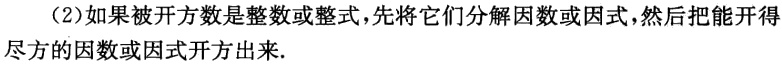
（2）如果被开方数是整数或整式，先将它们分解因数或因式，然后把能开得尽方的因数或因式开方出来.